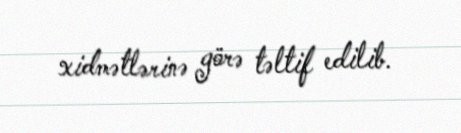
xidmətlərinə görə təltif edilib.